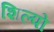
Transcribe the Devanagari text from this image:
शिल्पो